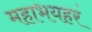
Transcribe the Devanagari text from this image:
महाभयहरं